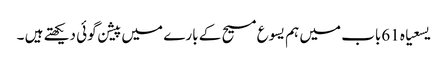
یسعیاہ 61باب میں ہم یسوع مسیح کے بارے میں پیشن گوئی دیکھتے ہیں ۔